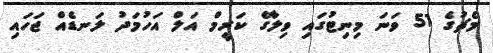
މެޗުގެ 51 ވަނަ މިނިޓުގައި ވިލާގެ ކަރީމް އަލް އަހުމަދު ލަނޑެއް ޖަހައި